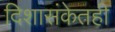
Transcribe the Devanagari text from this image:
दिशासंकेतही